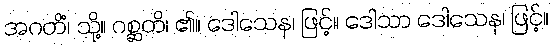
အဂတိံ၊ သို့။ ဂစ္ဆတိ၊ ၏။ ဒေါသေန၊ ဖြင့်။ ဒေါသာ ဒေါသေန၊ ဖြင့်။